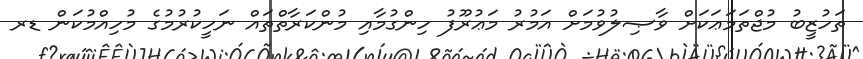
ތަހުޒީބު މުޖްތަމަޢަކަށް ވާޞިލުވުމަށް އަމުރު މަޢުރޫފު ހިންގުމާއި މުންކަރާތްތައް ނަހީކުރުމުގެ މުހިއްމުކަން ޑރ